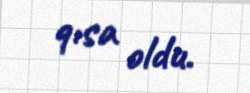
qısa oldu.